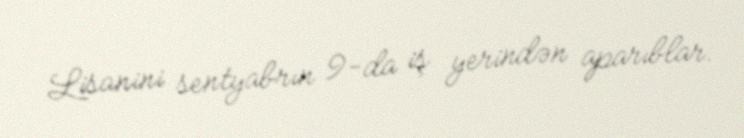
Lisanini sentyabrın 9-da iş yerindən aparıblar.